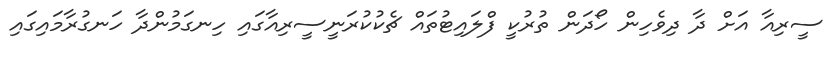
ސީރިއާ އަށް ދާ ދިވެހިން ހޯދަން ތުރުކީ ފްލައިޓުތައް ޗެކުކުރަނީސީރިއާގައި ހިނގަމުންދާ ހަނގުރާމައިގައި